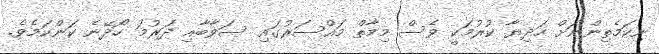
ނިކަމެތިންނަށް ހަދިޔާ ކުރުމަކީ ވެސް މިމާތް މައްސަރުގައި ސަވާބާއި ދަރުމަ ހޯދޭނެ ކަންކަމެވެ.